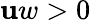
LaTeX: \mathbf{u}w>0